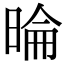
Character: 㫻